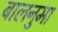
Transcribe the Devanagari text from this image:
बालनुमा